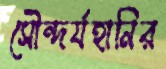
সৌন্দর্যহানির